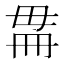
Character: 𣫳